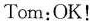
Tom:OK!